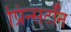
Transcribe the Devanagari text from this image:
प्रिन्सटॉन